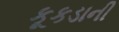
કૂકડાની